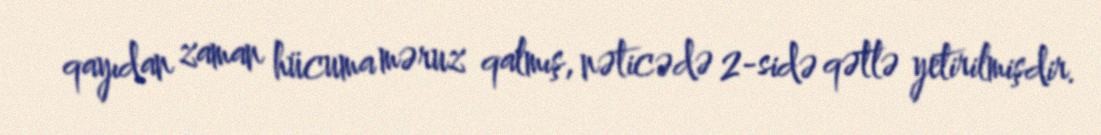
qayıdan zaman hücuma məruz qalmış, nəticədə 2-sidə qətlə yetirilmişdir.